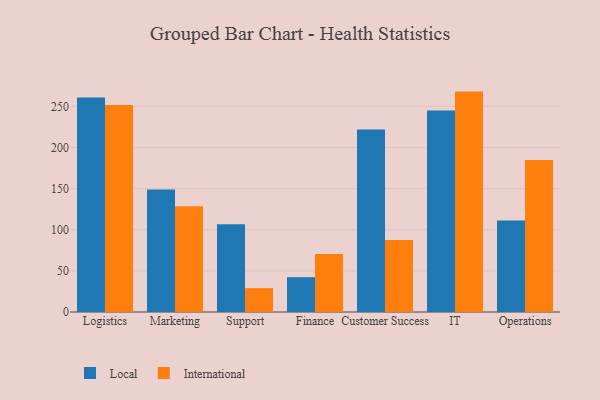
{"axis": {"x": "Department", "y": "Gross Profit (USD K)"}, "legend": ["International", "Local"], "data": [{"x": "Logistics", "y": 260.9, "type": "Local"}, {"x": "Logistics", "y": 251.6, "type": "International"}, {"x": "Marketing", "y": 148.9, "type": "Local"}, {"x": "Marketing", "y": 128.5, "type": "International"}, {"x": "Support", "y": 106.6, "type": "Local"}, {"x": "Support", "y": 29.0, "type": "International"}, {"x": "Finance", "y": 42.3, "type": "Local"}, {"x": "Finance", "y": 70.4, "type": "International"}, {"x": "Customer Success", "y": 221.9, "type": "Local"}, {"x": "Customer Success", "y": 87.4, "type": "International"}, {"x": "IT", "y": 245.1, "type": "Local"}, {"x": "IT", "y": 268.0, "type": "International"}, {"x": "Operations", "y": 111.4, "type": "Local"}, {"x": "Operations", "y": 184.7, "type": "International"}]}